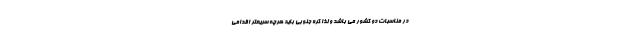
در مناسبات دو کشور می باشد و لذا کره جنوبی باید هرچه سریعتر اقدامی